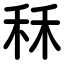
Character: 秝